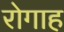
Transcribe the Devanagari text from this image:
रोगाह